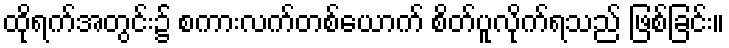
ထိုရက်အတွင်း၌ စကားလက်တစ်ယောက် စိတ်ပူလိုက်ရသည် ဖြစ်ခြင်း။